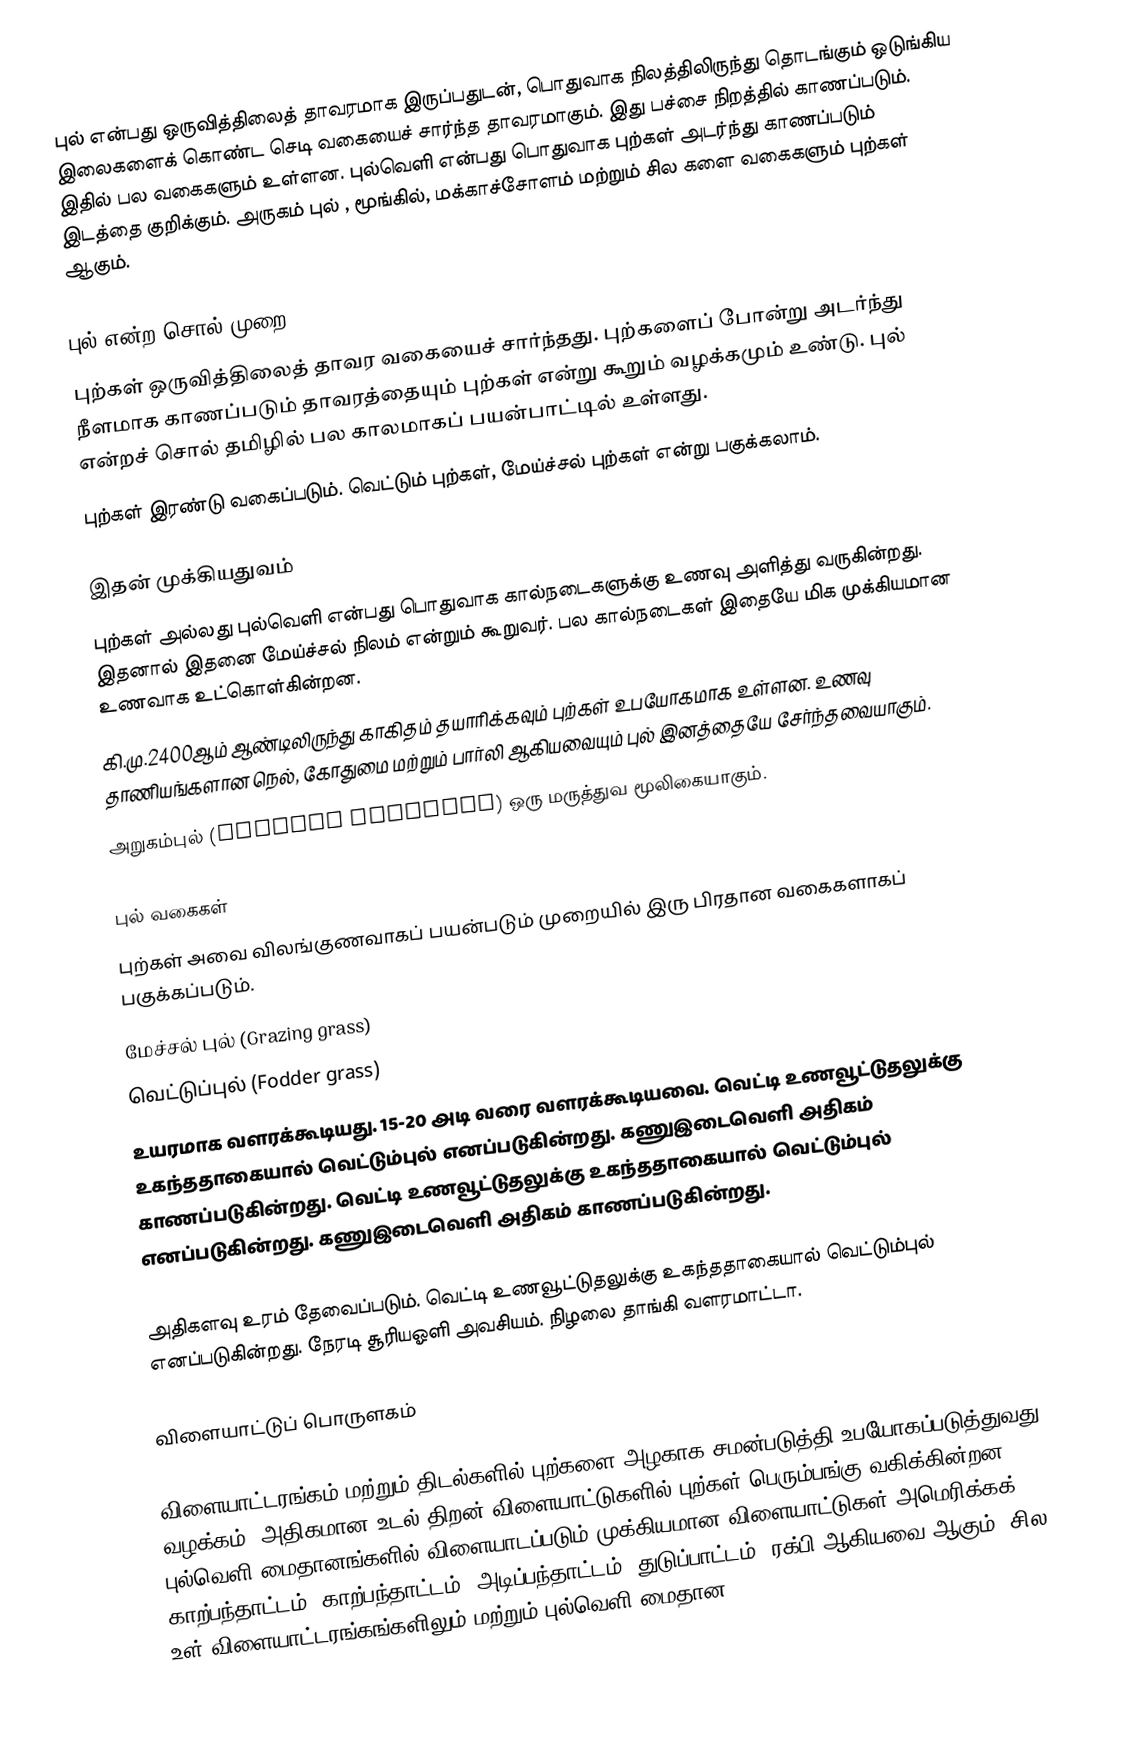
புல் என்பது ஒருவித்திலைத் தாவரமாக இருப்பதுடன், பொதுவாக நிலத்திலிருந்து தொடங்கும் ஒடுங்கிய இலைகளைக் கொண்ட செடி வகையைச் சார்ந்த தாவரமாகும். இது பச்சை நிறத்தில் காணப்படும். இதில் பல வகைகளும் உள்ளன. புல்வெளி என்பது பொதுவாக புற்கள் அடர்ந்து காணப்படும் இடத்தை குறிக்கும். அருகம் புல் ,  மூங்கில், மக்காச்சோளம் மற்றும் சில களை வகைகளும் புற்கள் ஆகும்.

புல் என்ற சொல் முறை
புற்கள் ஒருவித்திலைத் தாவர வகையைச் சார்ந்தது. புற்களைப் போன்று அடர்ந்து நீளமாக காணப்படும் தாவரத்தையும் புற்கள் என்று கூறும் வழக்கமும் உண்டு. புல் என்றச் சொல் தமிழில் பல காலமாகப் பயன்பாட்டில் உள்ளது.
புற்கள் இரண்டு வகைப்படும். வெட்டும் புற்கள், மேய்ச்சல் புற்கள் என்று பகுக்கலாம்.

இதன் முக்கியதுவம்
புற்கள் அல்லது புல்வெளி என்பது பொதுவாக கால்நடைகளுக்கு உணவு அளித்து வருகின்றது. இதனால் இதனை மேய்ச்சல் நிலம் என்றும் கூறுவர். பல கால்நடைகள் இதையே மிக முக்கியமான உணவாக உட்கொள்கின்றன.
கி.மு.2400ஆம் ஆண்டிலிருந்து காகிதம் தயாரிக்கவும் புற்கள் உபயோகமாக உள்ளன. உணவு தாணியங்களான நெல், கோதுமை மற்றும் பார்லி ஆகியவையும் புல் இனத்தையே சேர்ந்தவையாகும்.
அறுகம்புல் (Cynodon dactylon) ஒரு மருத்துவ மூலிகையாகும்.

புல் வகைகள்
புற்கள் அவை விலங்குணவாகப் பயன்படும் முறையில் இரு பிரதான வகைகளாகப் பகுக்கப்படும்.
 மேச்சல் புல் (Grazing grass)
 வெட்டுப்புல் (Fodder grass)
உயரமாக வளரக்கூடியது. 15-20 அடி வரை வளரக்கூடியவை. வெட்டி உணவூட்டுதலுக்கு உகந்ததாகையால் வெட்டும்புல் எனப்படுகின்றது. கணுஇடைவெளி அதிகம் காணப்படுகின்றது. வெட்டி உணவூட்டுதலுக்கு உகந்ததாகையால் வெட்டும்புல் எனப்படுகின்றது. கணுஇடைவெளி அதிகம் காணப்படுகின்றது.

அதிகளவு உரம் தேவைப்படும். வெட்டி உணவூட்டுதலுக்கு உகந்ததாகையால் வெட்டும்புல் எனப்படுகின்றது. நேரடி சூரியஓளி அவசியம். நிழலை தாங்கி வளரமாட்டா.

விளையாட்டுப் பொருளகம்

விளையாட்டரங்கம் மற்றும் திடல்களில் புற்களை அழகாக சமன்படுத்தி உபயோகப்படுத்துவது வழக்கம். அதிகமான உடல் திறன் விளையாட்டுகளில் புற்கள் பெரும்பங்கு வகிக்கின்றன. புல்வெளி மைதானங்களில் விளையாடப்படும் முக்கியமான விளையாட்டுகள் அமெரிக்கக் காற்பந்தாட்டம், காற்பந்தாட்டம், அடிப்பந்தாட்டம், துடுப்பாட்டம், ரக்பி ஆகியவை ஆகும். சில உள் விளையாட்டரங்கங்களிலும் மற்றும் புல்வெளி மைதான